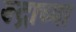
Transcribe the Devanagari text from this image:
रूद्राच्या